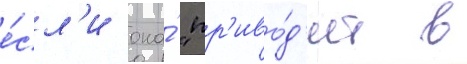
е́сл'и она́ "пр'иво́д'ит в